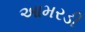
આમરડી